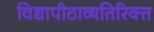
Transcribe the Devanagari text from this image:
विद्यापीठाव्यतिरिक्त